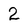
Character: 2